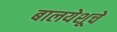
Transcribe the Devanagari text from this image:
बालयेशूचे